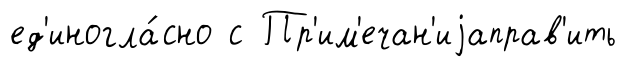
ед'иногла́сно с Пр'им'ечан'иjаправ'ить